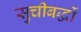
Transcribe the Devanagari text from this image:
सुचीबद्धों